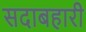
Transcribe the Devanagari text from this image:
सदाबहारी